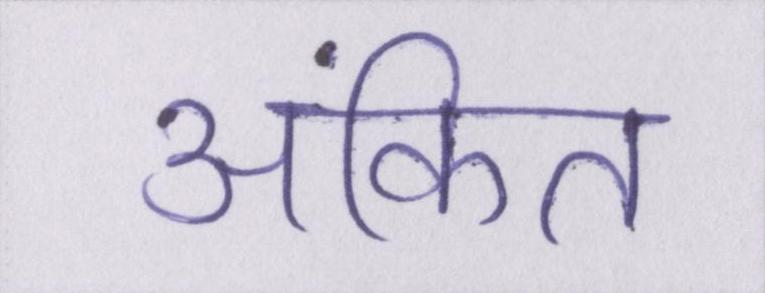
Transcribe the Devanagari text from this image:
अंकित